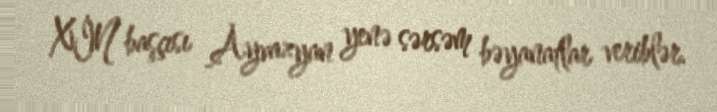
XİN başçısı Ayvazyan yenə sərsəm bəyanatlar veriblər.